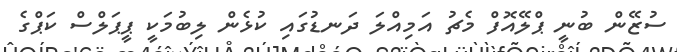
ސުޒޭން ބުނީ ޕްލޭއޮފް މެޗު އަމިއްލަ ދަނޑުގައި ކުޅެން ލިބުމަކީ ޕީޕަލްސް ކަޕްގެ